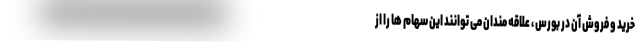
خرید و فروش آن در بورس ، علاقه مندان می توانند این سهام ها را از